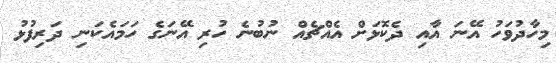
މިހާދުވަހު އޭނަ އާއި ދެކޮޅަށް އެއްޗެއް ނުބުނެ ހުރި އޭނަގެ ހަމައެކަނި ދަރިފުޅު